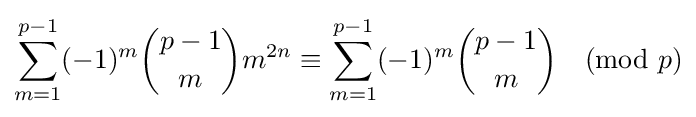
\sum _{m=1}^{p-1}(-1)^{m}{\binom {p-1}{m}}m^{2n}\equiv \sum _{m=1}^{p-1}(-1)^{m}{\binom {p-1}{m}}{\pmod {p}}